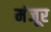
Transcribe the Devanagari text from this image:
मंंजूर